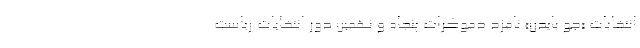
انتخابات «جو بایدن» نامزد دموکرات پنجاه و نهمین دور انتخابات ریاست